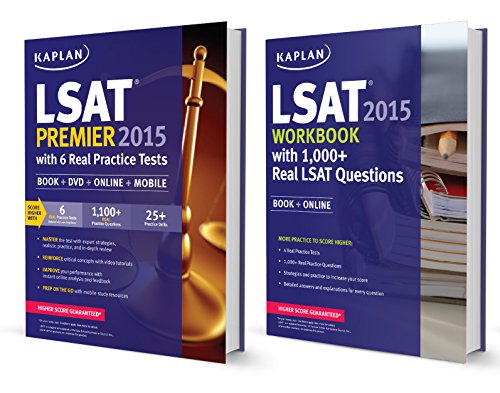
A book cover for Kaplan lsat premier and workbook 2015 pack (Kaplan Test Prep); Kaplan; Test Preparation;